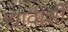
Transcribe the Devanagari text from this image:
द्यावीशी